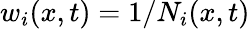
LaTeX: w_{i}(x,t)=1/N_{i}(x,t)